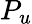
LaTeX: P_{u}